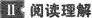
Ⅱ 阅读理解